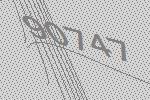
90747